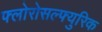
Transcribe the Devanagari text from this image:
फ्लोरोसल्फ्युरिक